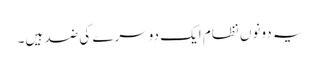
یہ دونوں نظام ایک دوسرے کی ضد ہیں۔